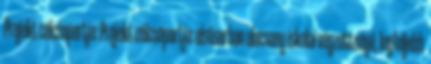
Projekt célcsoportja: Projekt célcsoportja: elsősorban alacsony iskolai végzettségű, legfeljebb